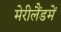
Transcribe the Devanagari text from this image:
मेरीलैंडमें